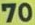
70